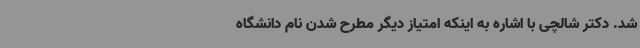
شد. دکتر شالچی با اشاره به اینکه امتیاز دیگر مطرح شدن نام دانشگاه